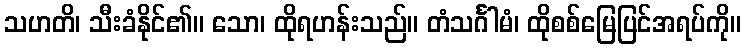
သဟတိ၊ သီးခံနိုင်၏။ သော၊ ထိုရဟန်းသည်။ တံသင်္ဂါမံ၊ ထိုစစ်မြေပြင်အရပ်ကို။